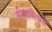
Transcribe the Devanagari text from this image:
सीलाकैंथस